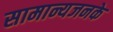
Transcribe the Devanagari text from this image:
सामान्यजनके